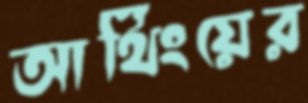
আর্থিংয়ের